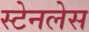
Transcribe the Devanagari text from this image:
स्‍टेनलेस